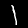
Label: 1